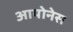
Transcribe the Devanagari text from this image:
आयोनेस